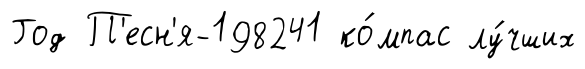
Год П'есн'я-198241 ко́мпас лу́чших